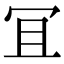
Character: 冝